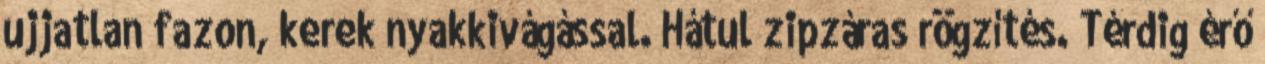
ujjatlan fazon, kerek nyakkivágással. Hátul zipzáras rögzítés. Térdig érő